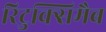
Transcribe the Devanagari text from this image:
रिटुक्सिमैब